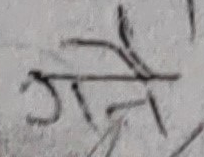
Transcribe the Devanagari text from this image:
गेने